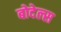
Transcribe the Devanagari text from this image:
बोदेल्स